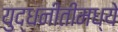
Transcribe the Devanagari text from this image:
युद्धनीतीमध्ये